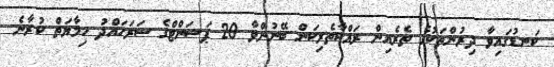
ކަނޑުގައިވާ ދިރުންތަކުގެ ތެރެއިން ރައްކާތެރިކަން ބޭނުންވާ 20 ޕަސަންޓްގެ ސަރަހައްދު ހިމާޔަތް ކުރާނެ